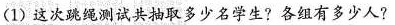
(1)这次跳绳测试共抽取多少名学生?各组有多少人?